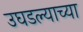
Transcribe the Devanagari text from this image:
उघडल्याच्या